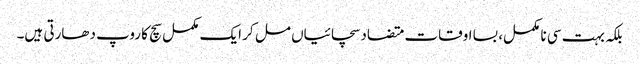
بلکہ بہت سی نا مکمل، بسا اوقات متضاد سچائیاں مل کر ایک مکمل سچ کا روپ دھارتی ہیں۔